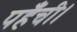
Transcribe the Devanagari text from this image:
पहँची।